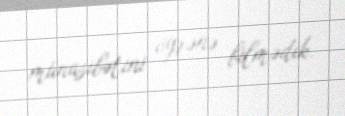
münasibətini öyrənə bilmədik.